Medical and sanitary report of the native army of Bengal for the year
Year: 1878
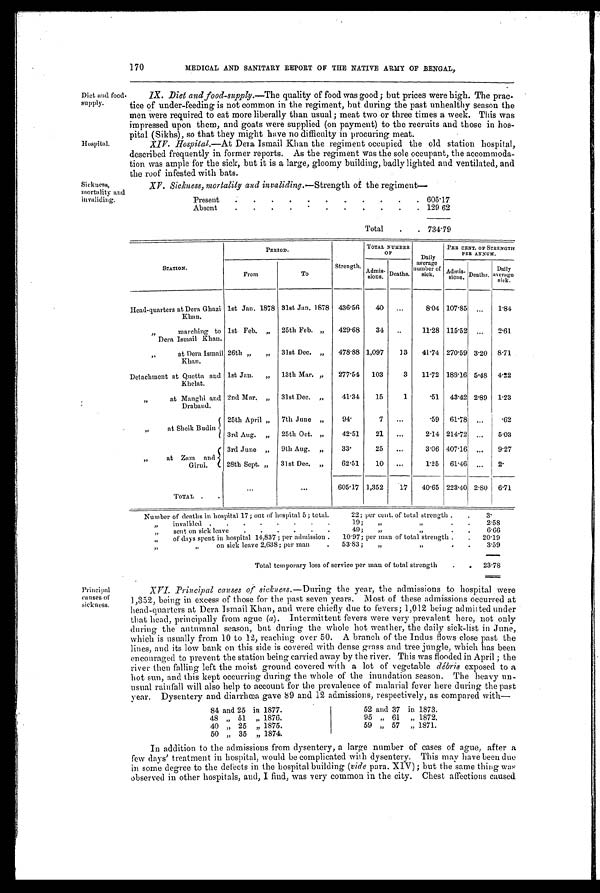
170
MEDICAL AND SANITARY REPORT OF THE NATIVE ARMY 0F BENGAL,
Diet and food
supply.
Hospital.
Sickness,
mortality and
invaliding.
IX. Diet and food-supply. —The quality of food was good; but prices were high. The prac-
tice of under-feeding is not common in the regiment, but duringthe past unhealthy season the
men were required to eat more liberally than usual; meat two or three times a week. This was
impressed upon them, and goats were supplied (on payment) to the recruits and those in hos-
pital (Sikhs), so that they might have no difficulty in procuring meat.
XIV. Hospital.—At Dera Ismail Khan the regiment occupied the old station hospital,
described frequently in former reports. As the regiment was the sole occupant, the accommoda-
tion was ample for the sick, but it is a large, gloomy building, badly lighted and ventilated, and
the roof infested with bats.
XV. Sickness, mortality and invaliding.—Strength of the regiment
—
Present
.
.
.
.
.
.
..
.
.
.
.
605.17
Absent
.
.
.
.
.
.
.
.
.
.
.
129.62
Total
.
. 734.79
STATION.
PERIOD.
Strength.
TOTAL NUMBER
OF
Daily
average
number of
sick.
PER CENT. OF STRENGTH
PER ANNUM.
From
To
Admis- si ons. Deaths.
Admis-
sions. Deaths.
Daily
average
sick.
Head-quarters at Dera Ghazi
Khan.
1st Jan. 1878 31st Jan. 1878 436.56
40
...
8.04 107.85
. . .
1.84
,,
marching to
Dera Ismail Khan.
1st Feb. „
25th Feb.. „
429.68
34
..
11.28 115.52
...
2.61
, ,
at Dera Ismail
Khan.
26th „
„
31st Dec. „
478.88 1,097
1 3
41.74 270.59 3.20
8.71
Detachment at Quetta and
Khelat.
1st Jan.
„
13th Mar. „
277.54
103
3
11.72 188.16 5.48
4.22
, ,
at Manghi and
Draband.
2nd Mar. „
31st Dec. „
41.34
15
1
.51
43.42 2.89
1.23
„
at Sheik Budin
25th April „
7th June „
94.
7
. . .
.59
61.78
...
62
3rd Aug.
„
25th Oct. „
42.51
21
...
2.14 214.72
...
5.03
, ,
at Zam and
Girni.
3rd June „
9th Aug.
„
3 3 .
25
...
3.06 407.16
...
9.27
28th Sept. „
31st Dec.
„
62.51
10
...
1.25
61.4
...
2.
TOTAL
. .
. . .
. . . 605.17 1,352
17
40.65 223.40 2.80
6.71
Number of deaths in hospital 17; out of hospital 5; total.
22; per cent, of total strength .
.
3.
, ,
invalided .
.
.
.
.
.
.
.
19;
„
, ,
.
.
2.58
sent on sick leave . .
.
.
.
.
.
49;
„
, ,
.
.
6.66
„
of days spent in hospital 14,837 ; per admission .
10.97; per man of total strength .
.
20.19
, ,
on sick leave 2,638; per man
.
53.83;
„
,,
•
•
3.59
, ,
Total temporary loss of service per man of total strength
.
.
23.78
Principal
causes of
sickness.
XVI. Principal causes of sickness. —During the year, the admissions to hospital were
1,352, being in excess of those for the past seven years. Most of these admissions occurred at
head-quarters at Dera Ismail Khan, and were chiefly clue to fevers; 1,012 being admitted under
that head, principally from ague ( a). Intermittent fevers were very prevalent here, not only
during the autumnal season, but during the whole hot weather, the daily sick-list in June,
which is usually from 10 to 12, reaching over 50. A branch of the Indus flows close past the
lines, and its low bank on this side is covered with dense grass and tree jungle, which has been
encouraged to prevent the station being carried away by the river. This was flooded in April ; the
river then falling left the moist ground covered with a lot of vegetable débris exposed to a
hot sun, and this kept occurring during the whole of the inundation season. The heavy un-
usual rainfall will also help to account for the prevalence of malarial fever here during the past
year. Dysentery and diarrhœa gave 89 and 12 admissions, respectively, as compared with-
84 and 25 in 1877.
52 and 37 in 1873.
48
, , 51
, , 1876.
95 „ 61
„ 1872.
40 „ 25
„ 1875.
59 „ 57
,, 1871.
50 „ 35
,, 1874.
In addition to the admissions from dysentery, a large number of cases of ague, after a
few days' treatment in hospital, would be complicated with dysentery. This may have been due
in some degree to the defects in the hospital building ( vide para. XIV); but the same thing was
observed in other hospitals, and, I find, was very common in the city. Chest affections caused